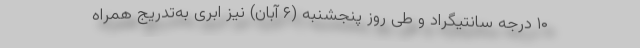
۱۰ درجه سانتیگراد و طی روز پنجشنبه (۶ آبان) نیز ابری به‌تدریج همراه